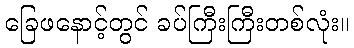
ခြေဖနောင့်တွင် ခပ်ကြီးကြီးတစ်လုံး။